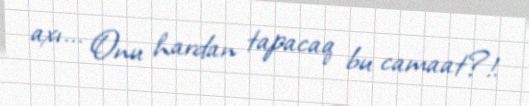
axı... Onu hardan tapacaq bu camaat?!.